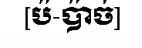
[ប៉-ប៉ាច់]